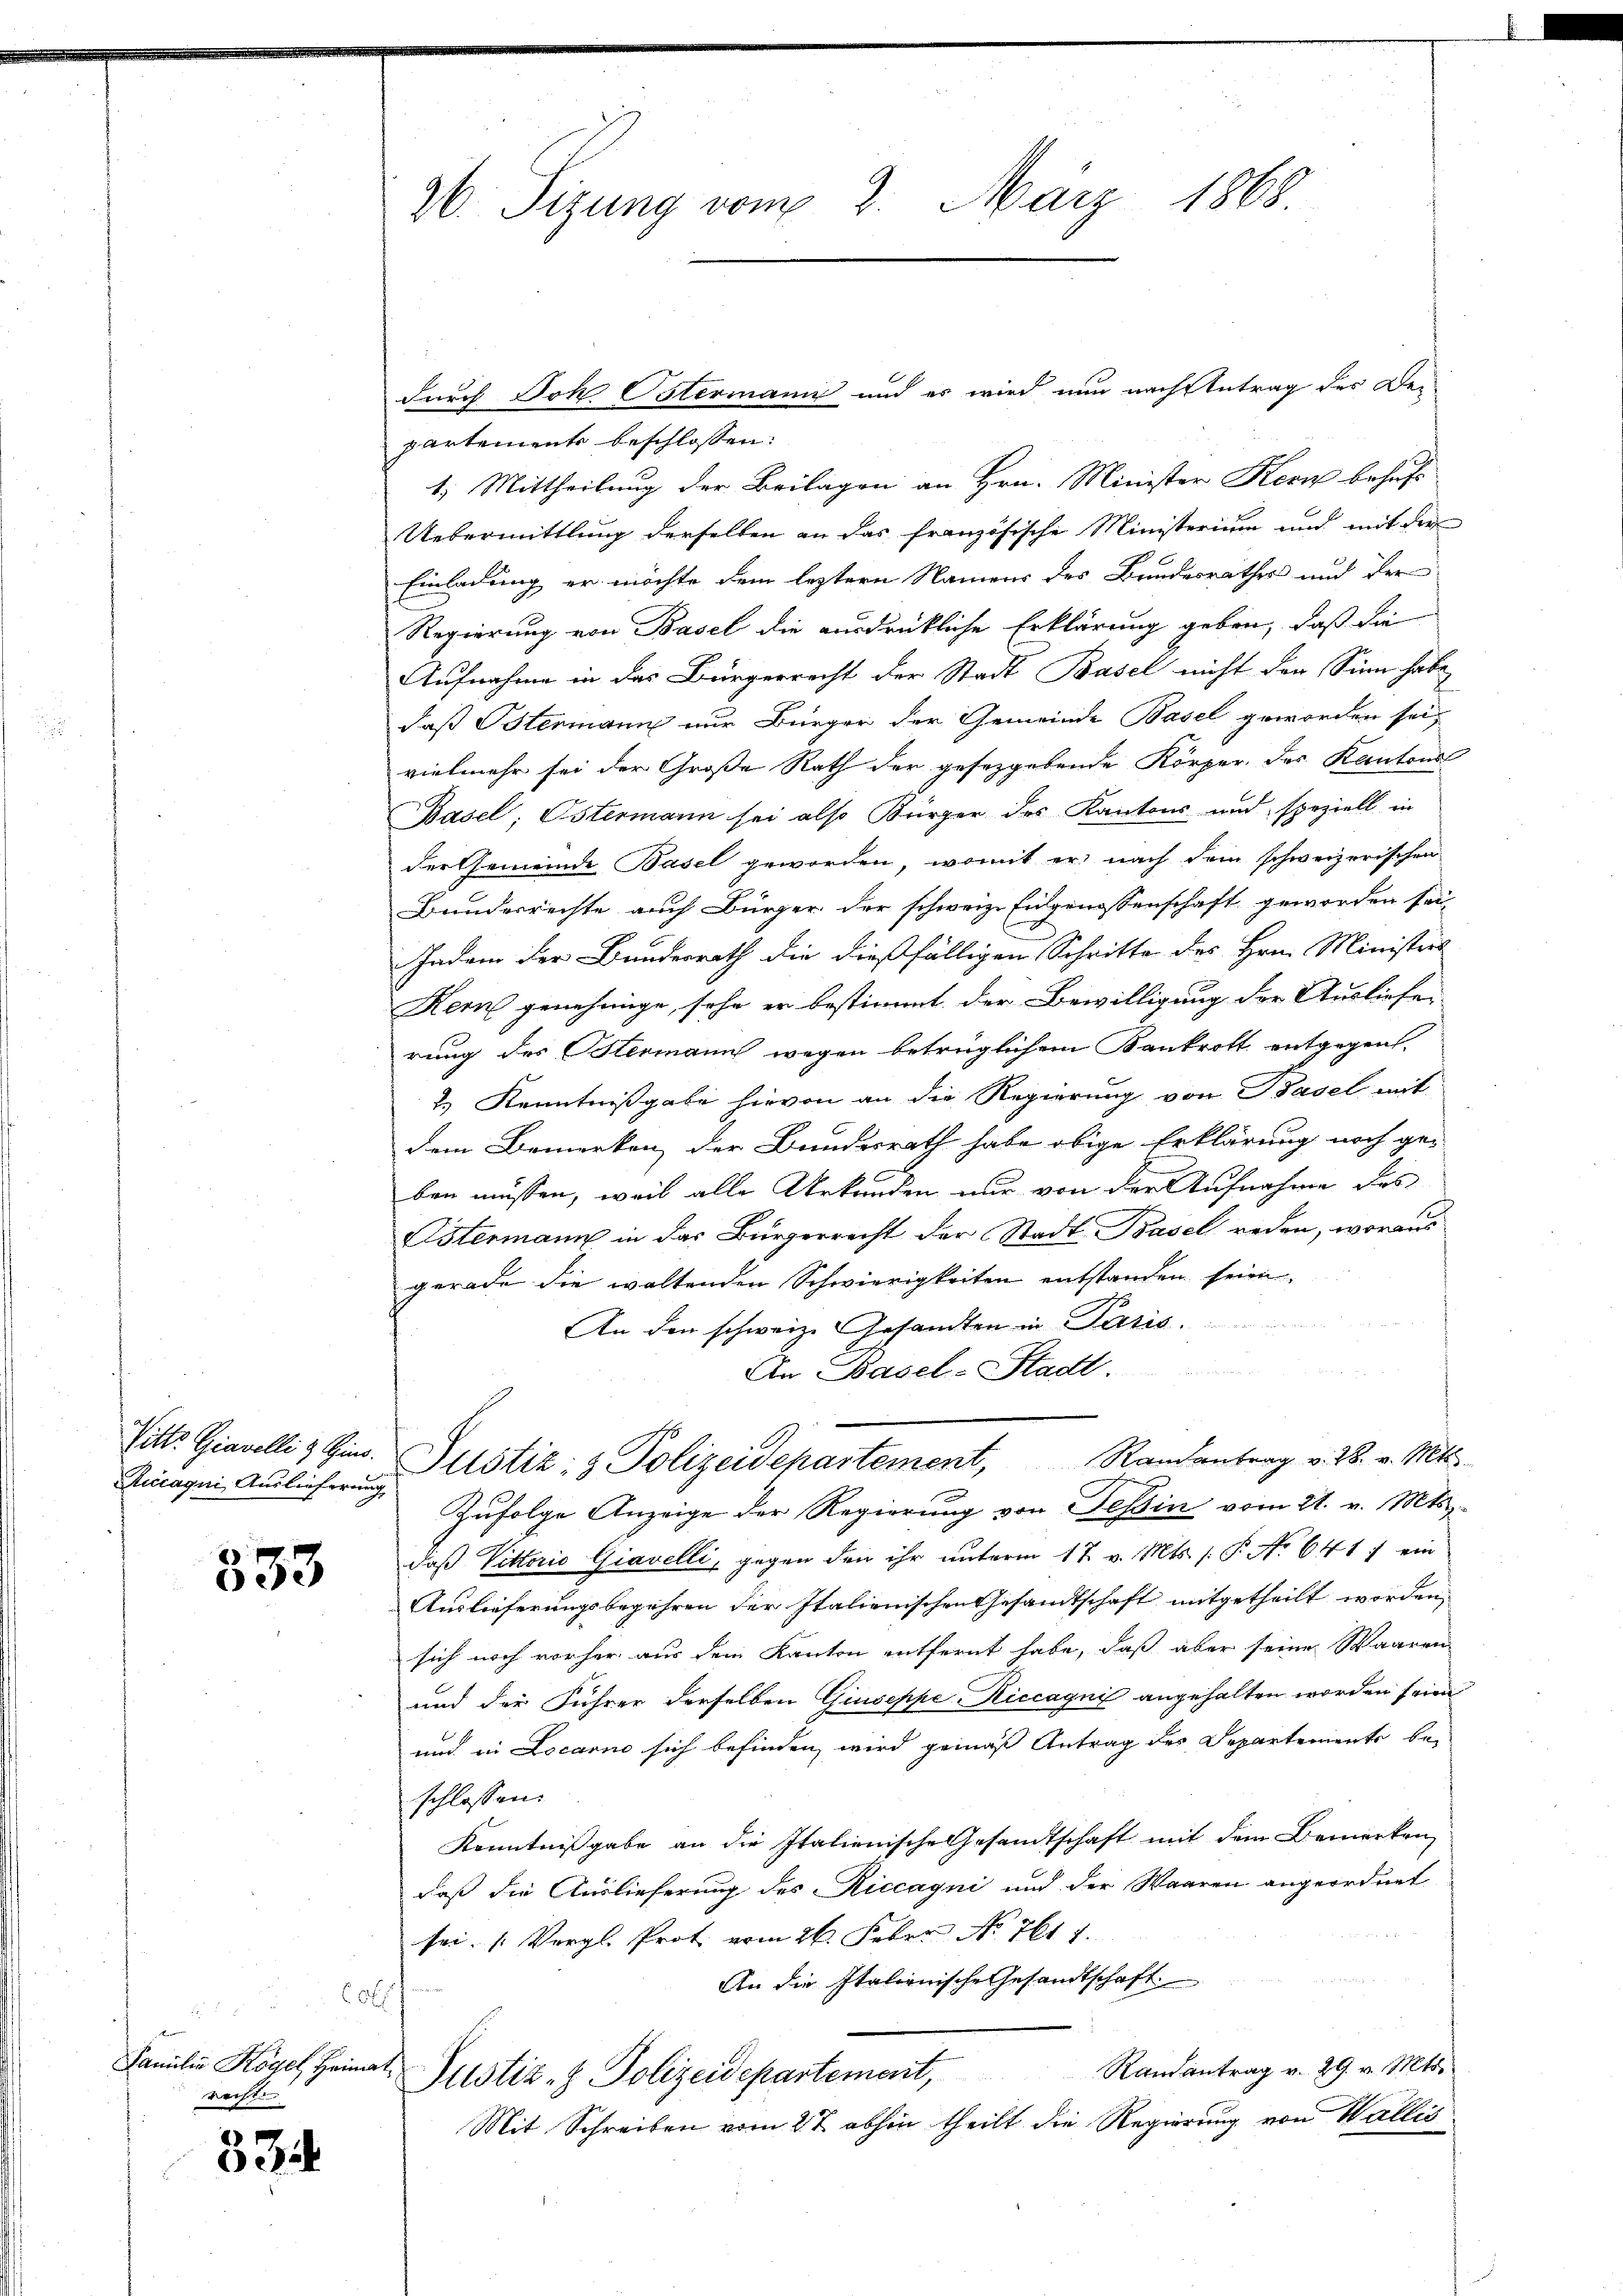
Riccaqui, Auslieferung

333

f
Familie Kogel, Heimatrechte

334

o

36. Sizung vom 3. März 1868.

durch Joh Ostermann und es wird nun nach Betrag der Der-
partemente beschlossen:
1) Mittheilung der Beilagen an Hrn. Minister Korn behufs
Uebermittlung derselben an das französische Ministerium und mit der
Einladung er möchte dem leztern Namens des Bundesrathes und der
Regierung von Basel die ausdrückliche Erklärung geben, daß die
Aufnahme in das Bürgerrecht der Stadt Basel nicht den Sinn habe
daß Ostermann nur Bürger der Gemeinde Basel geworden sei,
vielmehr sei der Große Rath der gesezgebende Körper des Kantons
Basel; Ostermann sei also Bürger des Kantons und speziell in
der Gemeinde Basel geworden, womit er nach dem schweizerischen
Bundesrechte auch Bürger der schweiz. Eidgenossenschaft geworden sei,
Jadem der Bundesrath die dießfälligen Schritte des Hrn. Ministers
Kern genehmige, sehr er bestimmt der Bewilligung der Ausliefen
rung des Stermann wegen betrüglichen Kankrott entgegent
2.) Kenntnißgabe hievon an die Regierung von Basel mit
dem Bemerken der Bundesrath habe obige Erklärung noch ge-
ben müssen, weil alle Urkunden nur von der Aufnahme des
Estermann in das Bürgerrecht der Stadt Basel reden, woraus
gerade die waltenden Schwierigkeiten entstanden seien.
An den schweiz. Gesandten in Paris
An Basel-Stadt.
Pitte Giavelli & Gins. Justiz- & Polizeidepartement, Randantrag v. 28. v. Mts.
Zufolge Anzeige der Regierung von Tessin vom 21. v. Mts.
daß Vitterio Giavelli, gegen den ihr unterm 17. v. Mts. (: P. No 641) ein
Auslieferungsbegehren der Italienischen Gesandtschaft mitgetheilt worden,
sich noch vorher aus dem Kanton entfernt habe, daß aber seine Waaren
und der Führer derselben Giuseppe Riccagni angehalten worden seien
und in Locarno sich befinden, wird gemäß Antrag des Departemente beschlossen:
Kenntnißgabe an die Italienische Gesandtschaft mit dem Bemerken,
daß die Auslieferung des Riccagni und der Waaren angeordnet
sei. (Vergl. Prot vom 26. Feber No. 7617.
An die Italienische Gesandtschaft
Justiz- & Polizeidepartement, Randantrag v. 29. v. Mts.
Mit Schreiben vom 27. abhin theilt die Regierung von Wallis